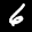
Label: 6